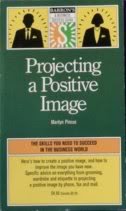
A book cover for Projecting a Positive Image (Barron's Business Success Guides); Marilyn Pincus; Business & Money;